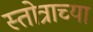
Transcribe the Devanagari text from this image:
स्तोत्राच्या